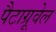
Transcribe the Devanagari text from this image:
पैटाग्रूवेल